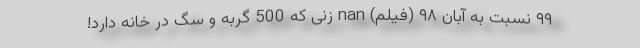
۹۹ نسبت به آبان ۹۸ (فیلم) nan زنی که 500 گربه و سگ در خانه دارد!